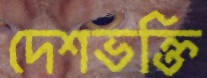
দেশভক্তি